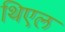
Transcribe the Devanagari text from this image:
थिएल